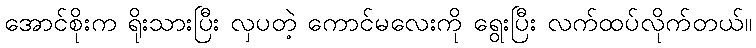
အောင်စိုးက ရိုးသားပြီး လှပတဲ့ ကောင်မလေးကို ရွေးပြီး လက်ထပ်လိုက်တယ်။